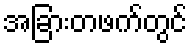
အခြားတဖက်တွင်